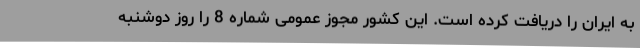
به ایران را دریافت کرده است. این کشور مجوز عمومی شماره 8 را روز دوشنبه